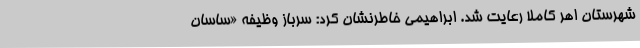
شهرستان اهر کاملا رعایت شد. ابراهیمی خاطرنشان کرد: سرباز وظیفه «ساسان